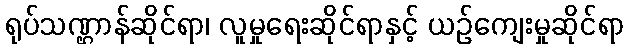
ရုပ်သဏ္ဌာန်ဆိုင်ရာ၊ လူမှုရေးဆိုင်ရာနှင့် ယဉ်ကျေးမှုဆိုင်ရာ